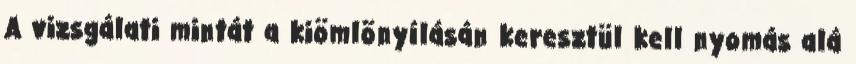
A vizsgálati mintát a kiömlõnyílásán keresztül kell nyomás alá